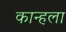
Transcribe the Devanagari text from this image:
कान्हला